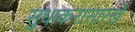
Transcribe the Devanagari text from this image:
सुधाकरासारखे